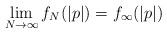
LaTeX: \begin{align*} \lim_{N\rightarrow\infty} f_N(|p|) = f_{\infty}(|p|)\end{align*}